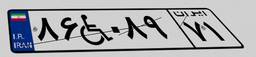
۸۶W۰۸۹۷۱